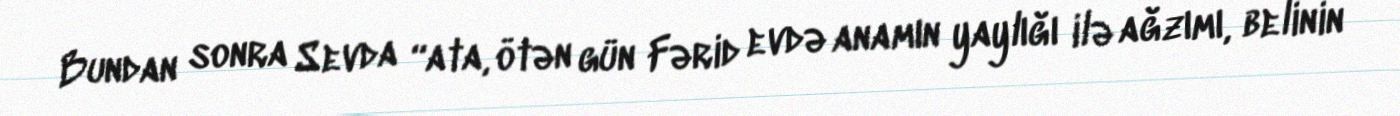
Bundan sonra Sevda “ata, ötən gün Fərid evdə anamın yaylığı ilə ağzımı, belinin